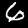
Label: 6